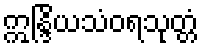
ဣန္ဒြိယသံဝရသုတ္တံ